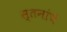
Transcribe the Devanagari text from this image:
स्तनांचे